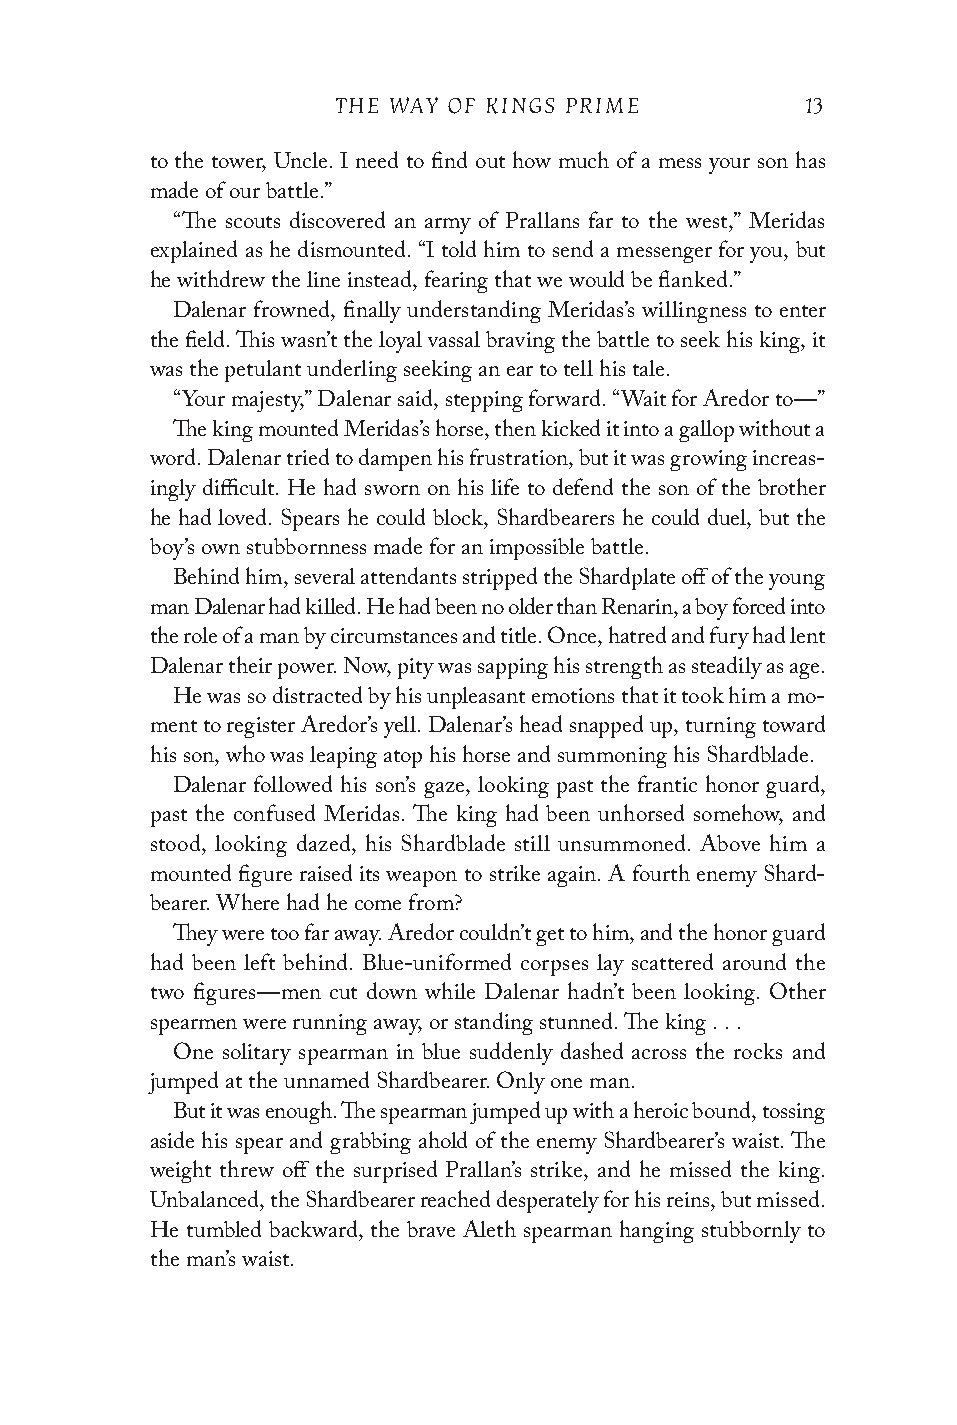
THE WAY OF KINGS PRIME         13
 to the tower, Uncle. I need to find out how much of a mess your son has
 made of our battle.”
 “The scouts discovered an army of Prallans far to the west,” Meridas
 explained as he dismounted. “I told him to send a messenger for you, but
 he withdrew the line instead, fearing that we would be flanked.”
 Dalenar frowned, finally understanding Meridas’s willingness to enter
 the field. This wasn’t the loyal vassal braving the battle to seek his king, it
 was the petulant underling seeking an ear to tell his tale.
 “Your majesty,” Dalenar said, stepping forward. “Wait for Aredor to—”
 The king mounted Meridas’s horse, then kicked it into a gallop without a
 word. Dalenar tried to dampen his frustration, but it was growing increas-
 ingly difficult. He had sworn on his life to defend the son of the brother
 he had loved. Spears he could block, Shardbearers he could duel, but the
 boy’s own stubbornness made for an impossible battle.
 Behind him, several attendants stripped the Shardplate off of the young
 man Dalenar had killed. He had been no older than Renarin, a boy forced into
 the role of a man by circumstances and title. Once, hatred and fury had lent
 Dalenar their power. Now, pity was sapping his strength as steadily as age.
 He was so distracted by his unpleasant emotions that it took him a mo-
 ment to register Aredor’s yell. Dalenar’s head snapped up, turning toward
 his son, who was leaping atop his horse and summoning his Shardblade.
 Dalenar followed his son’s gaze, looking past the frantic honor guard,
 past the confused Meridas. The king had been unhorsed somehow, and
 stood, looking dazed, his Shardblade still unsummoned. Above him a
 mounted figure raised its weapon to strike again. A fourth enemy Shard-
 bearer. Where had he come from?
 They were too far away. Aredor couldn’t get to him, and the honor guard
 had been left behind. Blue-uniformed corpses lay scattered around the
 two figures—men cut down while Dalenar hadn’t been looking. Other
 spearmen were running away, or standing stunned. The king . . .
 One solitary spearman in blue suddenly dashed across the rocks and
 jumped at the unnamed Shardbearer. Only one man.
 But it was enough. The spearman jumped up with a heroic bound, tossing
 aside his spear and grabbing ahold of the enemy Shardbearer’s waist. The
 weight threw off the surprised Prallan’s strike, and he missed the king.
 Unbalanced, the Shardbearer reached desperately for his reins, but missed.
 He tumbled backward, the brave Aleth spearman hanging stubbornly to
 the man’s waist.